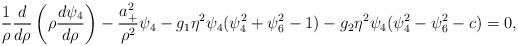
LaTeX: \begin{align*}\frac{1}{\rho}\frac{d}{d\rho}\left(\rho\frac{d\psi_4}{d\rho}\right)-\frac{a_+^2}{\rho^2}\psi_4-g_1\eta^2\psi_4(\psi_4^2+\psi_6^2-1)-g_2\eta^2\psi_4(\psi_4^2-\psi_6^2-c)=0,\end{align*}